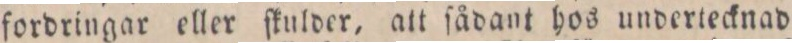
fordringar eller ſkulder, att ſådant hos undertecknad